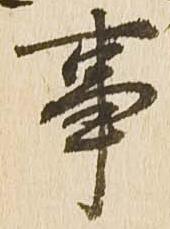
事